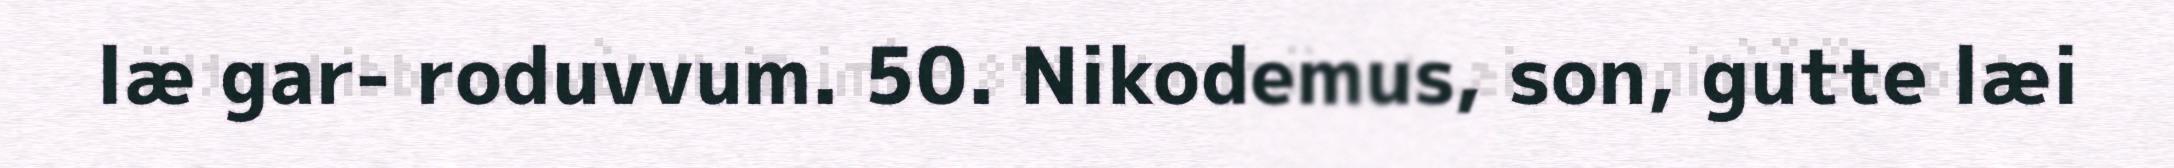
læ gar- roduvvum. 50. Nikodemus, son, gutte læi